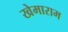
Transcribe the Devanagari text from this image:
खेमाराम